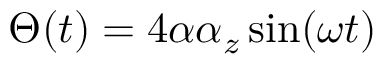
\Theta ( t ) = 4 \alpha \alpha _ { z } \sin ( \omega t )